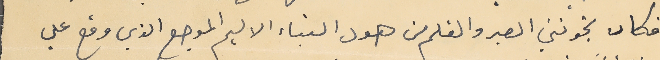
فكان يخونني الصبر والقلم من هول النباء الاليم الموجع الذي وقع علي